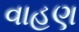
વાહણ